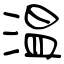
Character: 温